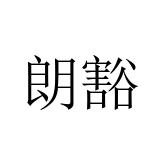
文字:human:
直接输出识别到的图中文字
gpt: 朗豁